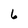
Character: 6